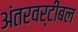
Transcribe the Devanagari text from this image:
अंतरवर्टीबल